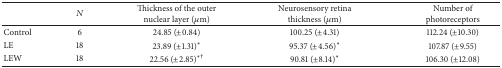
<table><thead><tr><td><b> </b></td><td><b><i>N</i></b></td><td><b>Thickness of the outer nuclear layer (<i>μ</i>m)</b></td><td><b>Neurosensory retina thickness (<i>μ</i>m)</b></td><td><b>Number of photoreceptors</b></td></tr></thead><tbody><tr><td>Control</td><td>6</td><td>24.85 (±0.84)</td><td>100.25 (±4.31)</td><td>112.24 (±10.30)</td></tr><tr><td>LE</td><td>18</td><td>23.89(±1.31)*</td><td>95.37(±4.56)*</td><td>107.87 (±9.55)</td></tr><tr><td>LEW</td><td>18</td><td>22.56(±2.85)<sup>∗†</sup></td><td>90.81(±8.14)*</td><td>106.30 (±12.08)</td></tr></tbody></table>